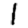
Digit: 1